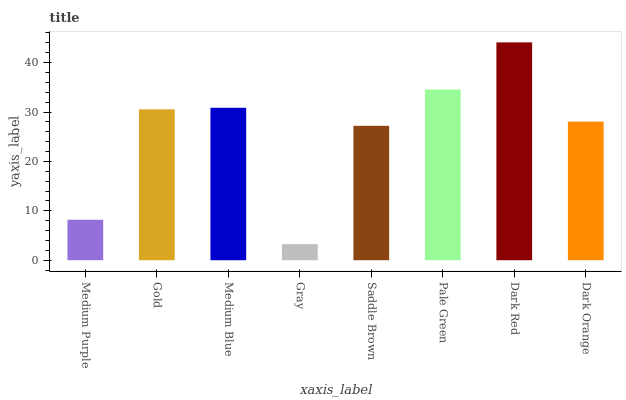
| xaxis_label | bars |
 | --- | --- |
 | Medium Purple | 8.19 |
 | Gold | 30.5 |
 | Medium Blue | 30.9 |
 | Gray | 3.26 |
 | Saddle Brown | 27.2 |
 | Pale Green | 34.6 |
 | Dark Red | 44.1 |
 | Dark Orange | 28.1 |